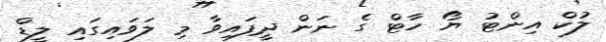
ލުކް އިންޓު ޔޯ ހާޓް ގެ ނަން ދީފައިވާ މި ލަވައިގައި ލީޑް